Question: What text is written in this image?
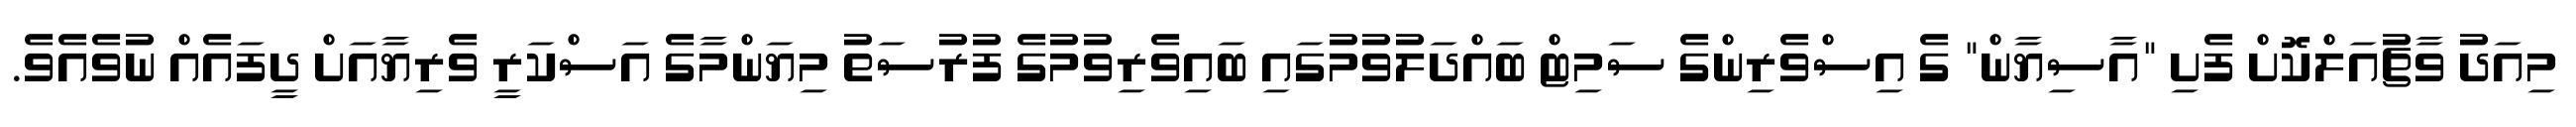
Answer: މިއަދު ވާޗުއަލްކޮށް ފެށި "އާސިޔާން" ގެ އިސްވެރިންގެ ސަމިޓް ބައްދަލުވުމުގައި ބައިވެރިވުމުގެ ފުރުސަތު މިޔަންމާގެ އަސްކަރީ ވެރިޔާއަށް ދީފައެއް ނުވެއެވެ.